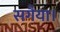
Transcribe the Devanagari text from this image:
सगैया।